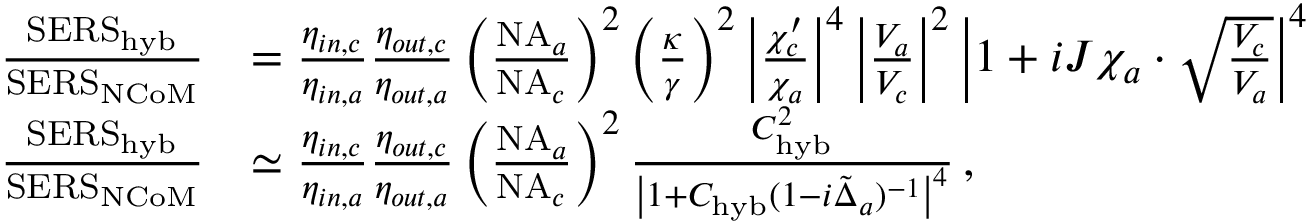
\begin{array} { r l } { \frac { \mathrm { S E R S } _ { \mathrm { h y b } } } { \mathrm { S E R S } _ { \mathrm { N C o M } } } } & { = \frac { \eta _ { i n , c } } { \eta _ { i n , a } } \frac { \eta _ { o u t , c } } { \eta _ { o u t , a } } \left( \frac { \mathrm { N A } _ { a } } { \mathrm { N A } _ { c } } \right) ^ { 2 } \left( \frac { \kappa } { \gamma } \right) ^ { 2 } \left| \frac { \chi _ { c } ^ { \prime } } { \chi _ { a } } \right| ^ { 4 } \left| \frac { V _ { a } } { V _ { c } } \right| ^ { 2 } \left| 1 + i J \chi _ { a } \cdot \sqrt { \frac { V _ { c } } { V _ { a } } } \right| ^ { 4 } } \\ { \frac { \mathrm { S E R S } _ { \mathrm { h y b } } } { \mathrm { S E R S } _ { \mathrm { N C o M } } } } & { \simeq \frac { \eta _ { i n , c } } { \eta _ { i n , a } } \frac { \eta _ { o u t , c } } { \eta _ { o u t , a } } \left( \frac { \mathrm { N A } _ { a } } { \mathrm { N A } _ { c } } \right) ^ { 2 } \frac { C _ { \mathrm { h y b } } ^ { 2 } } { \left| 1 + C _ { \mathrm { h y b } } ( 1 - i \tilde { \Delta } _ { a } ) ^ { - 1 } \right| ^ { 4 } } \, , } \end{array}